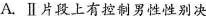
A.Ⅱ片段上有控制男性性别决